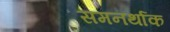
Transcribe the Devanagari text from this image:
समनर्थाक